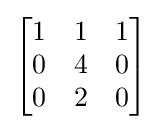
{\begin{bmatrix}1&1&1\\0&4&0\\0&2&0\end{bmatrix}}